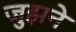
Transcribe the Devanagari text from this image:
जुझने